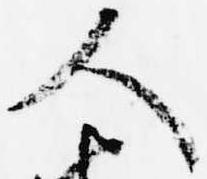
人